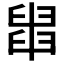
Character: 𦦀